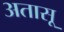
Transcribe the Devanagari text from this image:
अतासू